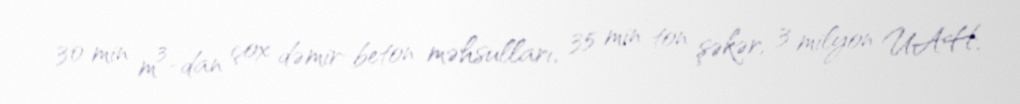
30 min m³-dan çox dəmir-beton məhsulları, 35 min ton şəkər, 3 milyon UAH.